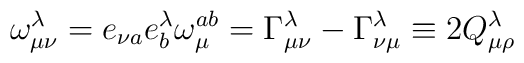
\omega _{\mu \nu }^{\lambda }=e_{\nu a}e_{b}^{\lambda }\omega _{\mu}^{ab}=\Gamma _{\mu \nu }^{\lambda }-\Gamma _{\nu \mu }^{\lambda }\equiv2Q_{\mu \rho }^{\lambda }